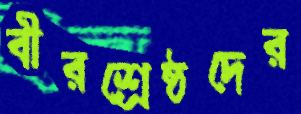
বীরশ্রেষ্ঠদের